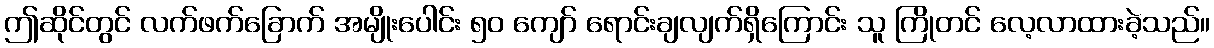
ဤဆိုင်တွင် လက်ဖက်ခြောက် အမျိုးပေါင်း ၅၀ ကျော် ရောင်းချလျက်ရှိကြောင်း သူ ကြိုတင် လေ့လာထားခဲ့သည်။